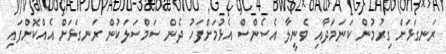
ރަނގަޅަށް ގިރުމުން ކަނަމަދާއި ވެނީލާ އެސެންސް އެޅުމަށްފަހު ދެން ސަމްސަލަކުން ރަނގަޅަށް އެއްކޮށްފައި